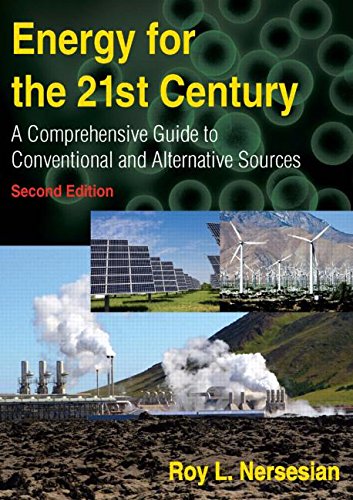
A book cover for Energy for the 21st Century: A Comprehensive Guide to Conventional and Alternative Sources; Roy Nersesian; Business & Money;